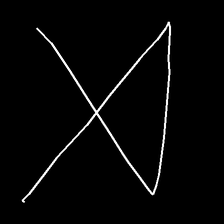
Glyph: collection